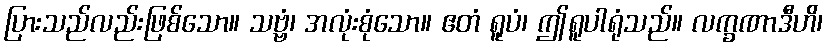
ပြားသည်လည်းဖြစ်သော။ သဗ္ဗံ၊ အလုံးစုံသော။ ဧတံ ရူပံ၊ ဤရူပါရုံသည်။ လက္ခဏာဒီဟိ၊